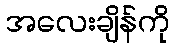
အလေးချိန်ကို